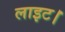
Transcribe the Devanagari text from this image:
लाइट।